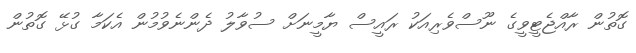
ގޮތުން ރާއްޖެޓީވީގެ ނޫސްވެރިއަކު ރައީސް ޔާމީނަށް ސުވާލު ދެންނެވުމުން އެކަމާ ގުޅޭ ގޮތުން